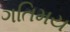
ગતિમય